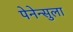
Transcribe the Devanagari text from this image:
पेनेन्सुला